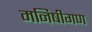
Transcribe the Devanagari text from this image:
मनिषीगण